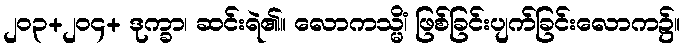
၂၀၃+၂၀၄+ ဒုက္ခာ၊ ဆင်းရဲ၏။ လောကသ္မိံ၊ ဖြစ်ခြင်းပျက်ခြင်းလောက၌။